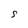
Character: S